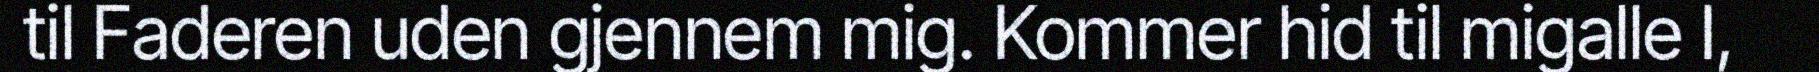
til Faderen uden gjennem mig. Kommer hid til migalle I,